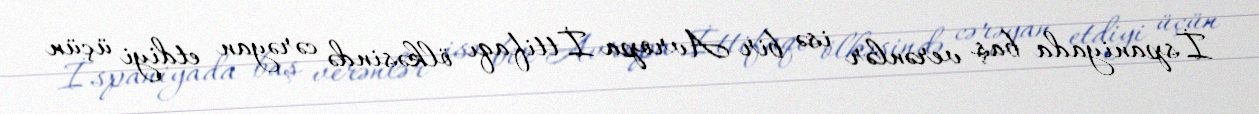
İspaniyada baş verənlər isə bir Avropa İttifaqı ölkəsində cərəyan etdiyi üçün